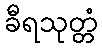
ခီရသုတ္တံ